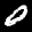
Label: 0